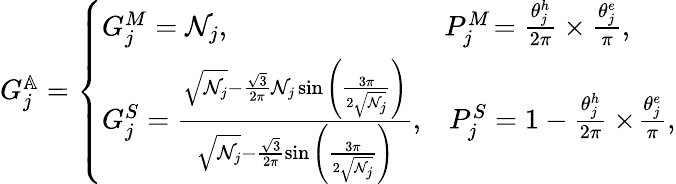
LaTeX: \begin{array}{r}{G_{j}^{\mathbb{A}}=\left\{ \begin{array}{ll}{G_{j}^{M}=\mathcal{N}_{j},}&{\! P_{j}^{M}\! =\frac{\theta_{j}^{h}}{2\pi}\times\frac{\theta_{j}^{e}}{\pi},}\\ {G_{j}^{S}=\frac{\sqrt{\mathcal{N}_{j}}-\frac{\sqrt{3}}{2\pi}\mathcal{N}_{j}\sin{\left(\frac{3\pi}{2\sqrt{\mathcal{N}_{j}}}\right)}}{\sqrt{\mathcal{N}_{j}}-\frac{\sqrt{3}}{2\pi}\sin{\left(\frac{3\pi}{2\sqrt{\mathcal{N}_{j}}}\right)}},}&{P_{j}^{S}=1-\frac{\theta_{j}^{h}}{2\pi}\times\! \frac{\theta_{j}^{e}}{\pi},}\end{array}\right.}\end{array}